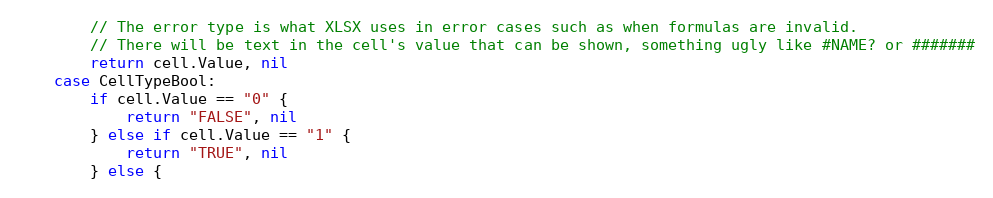
Language: Go
		// The error type is what XLSX uses in error cases such as when formulas are invalid.
		// There will be text in the cell's value that can be shown, something ugly like #NAME? or #######
		return cell.Value, nil
	case CellTypeBool:
		if cell.Value == "0" {
			return "FALSE", nil
		} else if cell.Value == "1" {
			return "TRUE", nil
		} else {